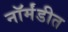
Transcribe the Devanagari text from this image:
नॉर्मंडीत